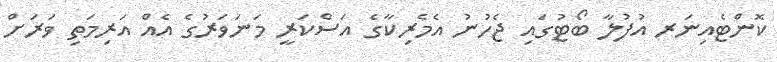
ކޮންޓެއިނަރ އުފުލާ ބޯޓުގައި ޖެހުނު އެމެރިކާގެ އަސްކަރީ މަނަވަރުގެ އެއް އަރިމަތި ވަރަށް